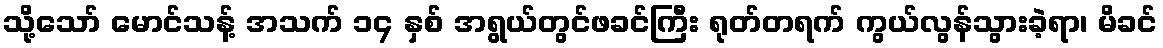
သို့သော် မောင်သန့် အသက် ၁၄ နှစ် အရွယ်တွင်ဖခင်ကြီး ရုတ်တရက် ကွယ်လွန်သွားခဲ့ရာ၊ မိခင်